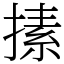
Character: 㨞